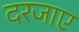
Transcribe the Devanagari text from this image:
दरजाए